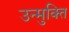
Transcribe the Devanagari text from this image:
उन्मुक्‍ति